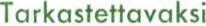
Tarkastettavaksi